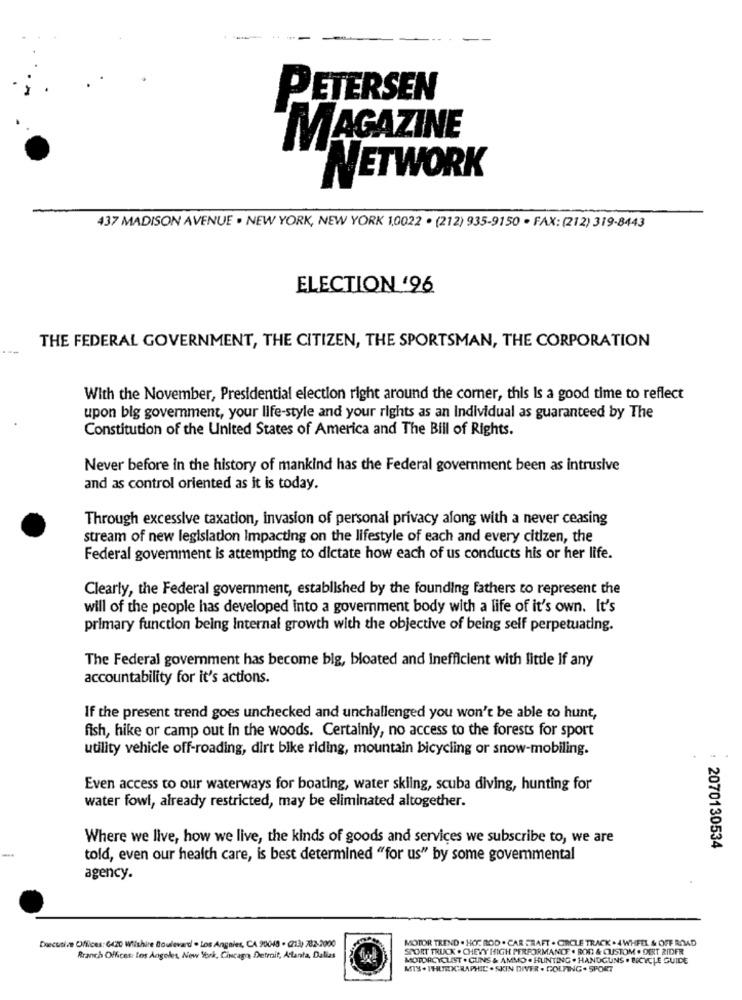
PETERSEN
MAGAZINE
NETWORK
437 MADISON AVENUE . NEW YORK, NEW YORK 1,0022 . (212) 935-9150 . FAX: (212) 319-8443
ELECTION '96
THE FEDERAL GOVERNMENT, THE CITIZEN, THE SPORTSMAN, THE CORPORATION
With the November, Presidential election right around the corner, this is a good time to reflect
upon big goverment, your life-style and your rights as an Individual as guaranteed by The
Constitution of the United States of America and The Bill of Rights.
Never before in the history of mankind has the Federal government been as intrusive
and as control oriented as it is today.
Through excessive taxation, invasion of personal privacy along with a never ceasing
stream of new legislation Impacting on the lifestyle of each and every citizen, the
Federal government is attempting to dictate how each of us conducts his or her life.
Clearly, the Federal government, established by the founding fathers to represent the
will of the people has developed into a government body with a life of it's own. It's
primary function being internal growth with the objective of being self perpetuating.
The Federal government has become big, bloated and Inefficient with little If any
accountability for it's actions.
If the present trend goes unchecked and unchallenged you won't be able to hunt,
fish, hike or camp out In the woods. Certainly, no access to the forests for sport
utility vehicle off-roading, dirt bike riding, mountain bicycling or snow-mobiling.
Even access to our waterways for boating, water skiing, scuba diving, hunting for
water fowl, already restricted, may be eliminated altogether.
Where we live, how we live, the kinds of goods and services we subscribe to, we are
2070130534
told, even our health care, is best determined "for us" by some govemmental
agency.
MOTOR TREND . HOT ROD . CAR CRAFT . CIRCLE TRACK . 4 WHEEL & OFF ROAD
Descusive CMfilices: 6420 Wilshire Boulevard . Los Angeles, CA 90048 - (213) 782-2000
SPORT TRUCK . CHEVY HIGH PERFORMANCE . BON & CUSTOM . DIRT RIDER
Branch Offices: Los Angeles, New York, Cincag Detmit, Atlanta, Dalias
MOTORCYCLIST . GUNS & AMMO . HUNTING . HANDGUNS . BICYCLE GUIDE
MIS . PHERICRAPHIC . SKIN DIVER . GOLFING . SPORT